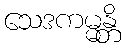
သေဒကမ္မန္တိ